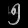
Digit: ၅